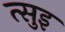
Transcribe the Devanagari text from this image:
त्सुइ